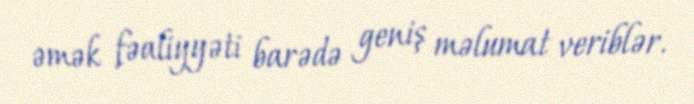
əmək fəaliyyəti barədə geniş məlumat veriblər.